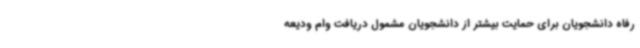
رفاه دانشجویان برای حمایت بیشتر از دانشجویان مشمول دریافت وام ودیعه